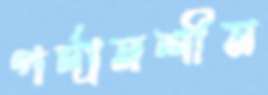
পর্দানশীন